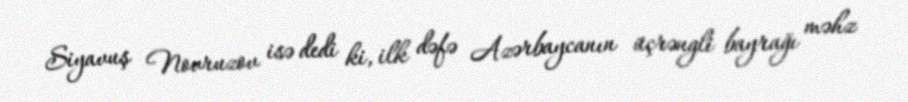
Siyavuş Novruzov isə dedi ki, ilk dəfə Azərbaycanın üçrəngli bayrağı məhz